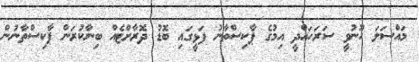
މައްސަލަ ހޫނުވީ ސަރަހައްދީ އިމުގެ ޕާކިސްތާނު ފަޅީގައި ބޮޑު ދޮރާށްޓެއް ބިނާކުރަން ޕާކިސްތާނުން